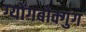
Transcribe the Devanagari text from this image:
ग्योंगबोक्गुंग